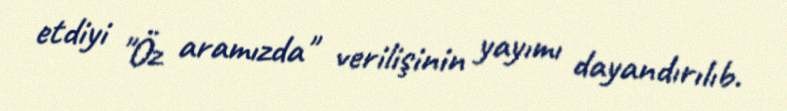
etdiyi "Öz aramızda" verilişinin yayımı dayandırılıb.